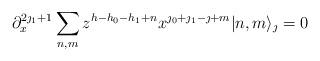
LaTeX: \begin{align*}\partial_x^{2\jmath_1+1} \sum_{n,m} z^{h-h_0-h_1+n}x^{\jmath_0+\jmath_1-\jmath+m} |n,m\rangle_{\jmath}=0\end{align*}